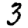
Digit: 3